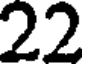
22